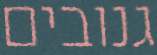
גנובים